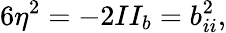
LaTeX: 6\eta^{2}=-2II_{b}=b_{ii}^{2},